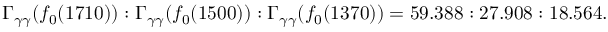
\Gamma _ { \gamma \gamma } ( f _ { 0 } ( 1 7 1 0 ) ) : \Gamma _ { \gamma \gamma } ( f _ { 0 } ( 1 5 0 0 ) ) : \Gamma _ { \gamma \gamma } ( f _ { 0 } ( 1 3 7 0 ) ) = 5 9 . 3 8 8 : 2 7 . 9 0 8 : 1 8 . 5 6 4 .